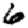
Digit: 6